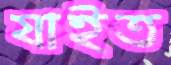
যাইত